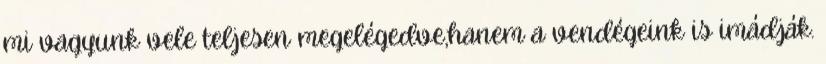
mi vagyunk vele teljesen megelégedve,hanem a vendégeink is imádják.